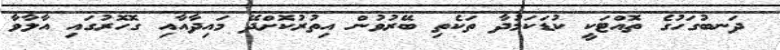
ދަނބުގަހުގެ ތޮއްޓަކީ ކުޑަކަމުދާ ތަކެތި ބޭރުވުން އިތުރުކޮށްދޭ މައިދާއާއި ގޮހޮރުގައި އާލާވާ